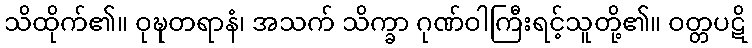
သိထိုက်၏။ ဝုဍ္ဎတရာနံ၊ အသက် သိက္ခာ ဂုဏ်ဝါကြီးရင့်သူတို့၏။ ဝတ္တပဋိ